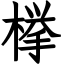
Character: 﨔